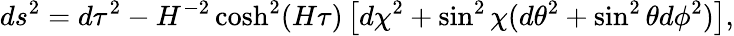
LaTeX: ds^{2}=d\tau^{2}-H^{-2}\cosh^{2}(H\tau)\left[d\chi^{2}+\sin^{2}\chi(d\theta^{2}+\sin^{2}\theta d\phi^{2})\right],